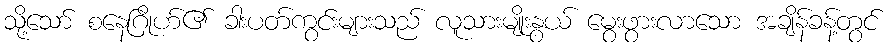
သို့သော် စနေဂြိုဟ်၏ ခါးပတ်ကွင်းများသည် လူသားမျိုးနွယ် မွေးဖွားလာသော အချိန်ခန့်တွင်